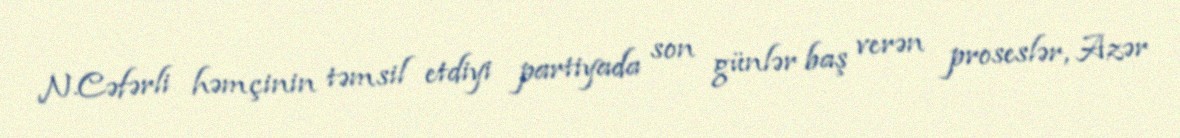
N.Cəfərli həmçinin təmsil etdiyi partiyada son günlər baş verən proseslər, Azər